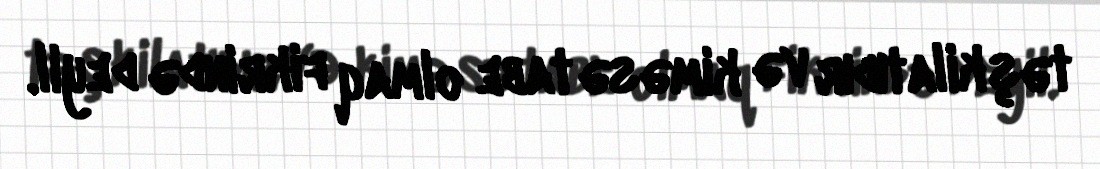
təşkilatıdır və kiməsə tabe olmaq fikrində deyil.